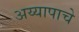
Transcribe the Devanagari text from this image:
अय्यापाचे